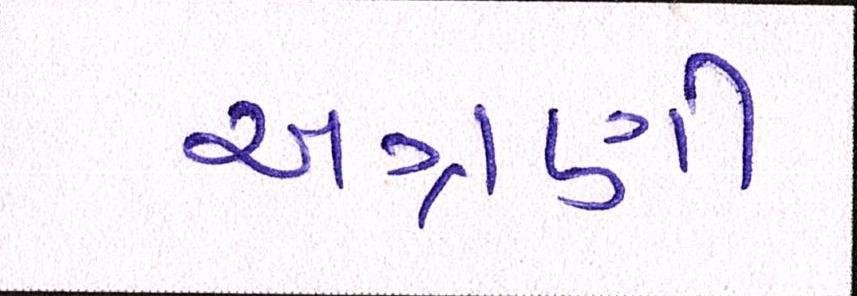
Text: અગ્રણી